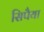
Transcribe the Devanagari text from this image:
सिपैया